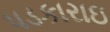
પડકારાઇ